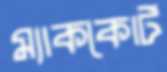
ম্যাককোর্ট